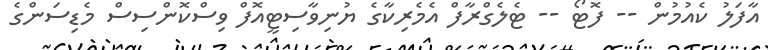
އާފަލު ކެއުމުން -- ފޮޓޯ -- ޓެލެގްރާފް އެމެރިކާގެ ޔުނިވާސިޓީއޮފް ވިސްކޮންސިސް މެޑިސަންގެ